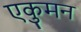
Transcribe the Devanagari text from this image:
एकुमन